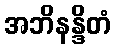
အဘိနန္ဒိတံ